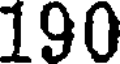
190